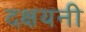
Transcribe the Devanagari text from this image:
दक्षयनी